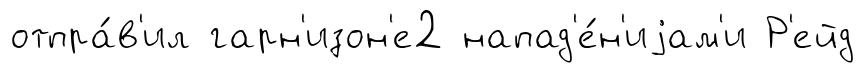
отпра́в'ил гарн'изон'е2 напад'е́н'иjам'и Р'ейд